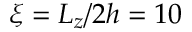
\xi = L _ { z } / 2 h = 1 0